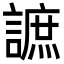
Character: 謶